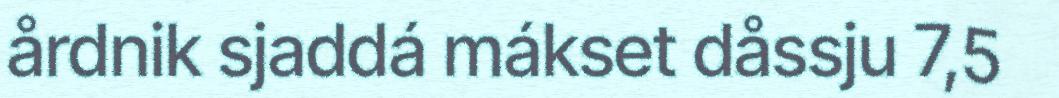
årdnik sjaddá mákset dåssju 7,5